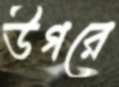
উগরে